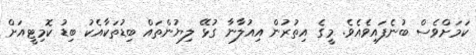
ކަމަށްވެސް ބުނެފައިވެއެވެ. މީގެ އިތުރުން އިއުލާނާ ގުޅޭ ލިޔުންތައް ބިޑުތަކާއެކު ބިޑު ކޮމިޓީއަށް